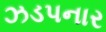
ઝડપનાર